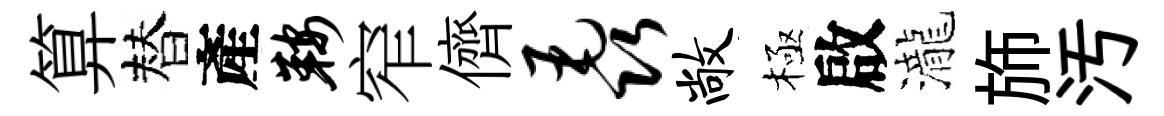
算替產鞍窄儕毳敞極啟瀧斾汚